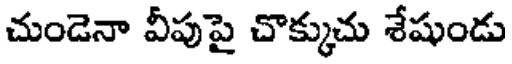
చుండెనా వీపుపై చొక్కుచు శేషుండు